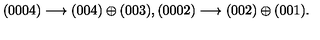
( 0 0 0 4 ) \longrightarrow ( 0 0 4 ) \oplus ( 0 0 3 ) , ( 0 0 0 2 ) \longrightarrow ( 0 0 2 ) \oplus ( 0 0 1 ) .